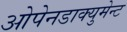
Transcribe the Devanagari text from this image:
ओपेनडाक्युमेन्ट